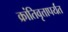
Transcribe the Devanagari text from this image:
क्रांतिवृत्तापर्यंत